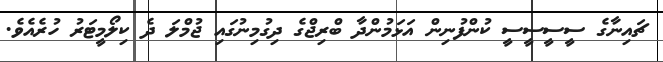
ޗައިނާގެ ސީސީސީސީ ކުންފުނިން އަޅަމުންދާ ބްރިޖްގެ ދިގުމިނުގައި ޖުމްލަ ދެ ކިލޯމީޓަރު ހުރެއެވެ.